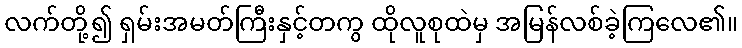
လက်တို့၍ ရှမ်းအမတ်ကြီးနှင့်တကွ ထိုလူစုထဲမှ အမြန်လစ်ခဲ့ကြလေ၏။